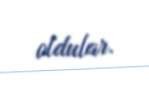
oldular.